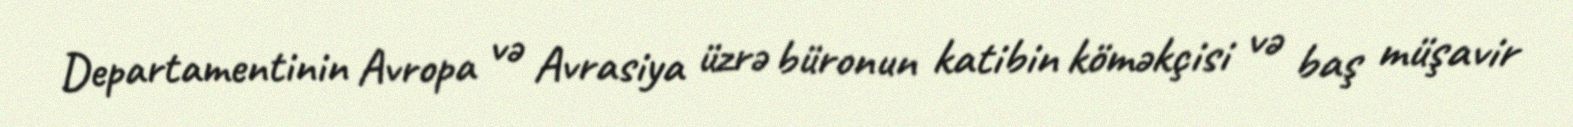
Departamentinin Avropa və Avrasiya üzrə büronun katibin köməkçisi və baş müşavir